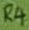
Text: R4